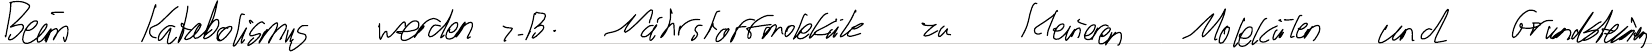
Beim Katabolismus werden z.B. Nährstoffmoleküle zu kleineren Molekülen und Grundsteinen